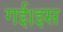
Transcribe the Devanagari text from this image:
गई।इस